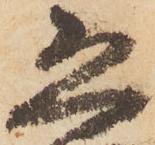
恐